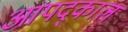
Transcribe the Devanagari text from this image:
आपद्काल